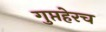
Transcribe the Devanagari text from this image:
गुप्तहेरच